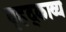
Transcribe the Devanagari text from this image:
वृहद्काव्य